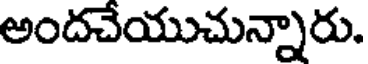
అందచేయుచున్నారు.